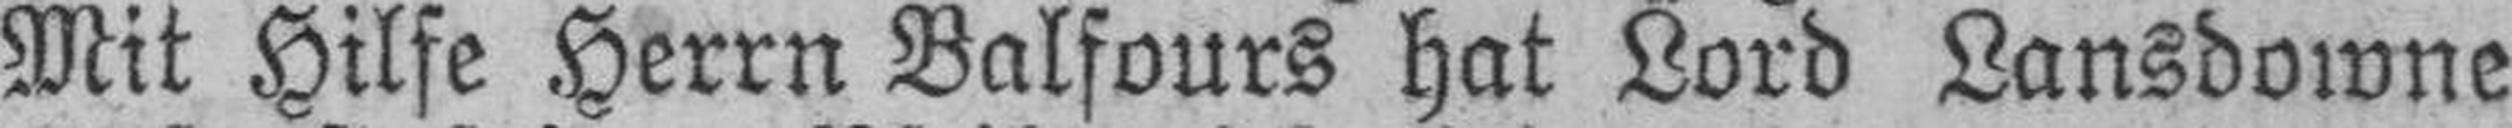
Mit Hilfe Herrn Balfours hat Lord Lansdowne